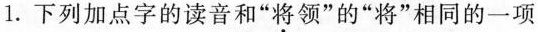
1.下列加点字的读音和”将领”的”将”相同的一项